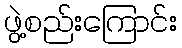
ဖွဲ့စည်းကြောင်း